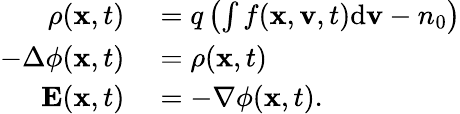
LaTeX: \begin{array}{rl}{\rho(\mathbf{x},t)}&{{}=q\left(\int f(\mathbf{x},\mathbf{v},t)\mathrm{d}\mathbf{v}-n_{0}\right)}\\ {-\Delta\phi(\mathbf{x},t)}&{{}=\rho(\mathbf{x},t)}\\ {\mathbf{E}(\mathbf{x},t)}&{{}=-\nabla\phi(\mathbf{x},t).}\end{array}